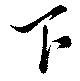
下